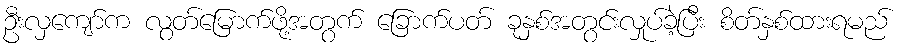
ဦးလှကျော်က လွတ်မြောက်ဖို့အတွက် ခြောက်ပတ် ခုနှစ်အတွင်းလှုပ်ခဲ့ပြီး စိတ်နှစ်ထားရမည်